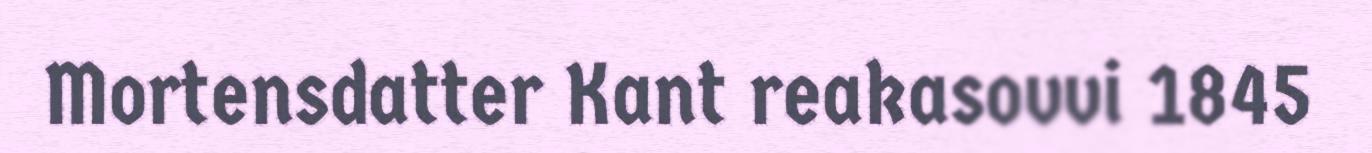
Mortensdatter Kant reakasovvi 1845